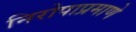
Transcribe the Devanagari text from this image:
निरोपाप्रमाणे